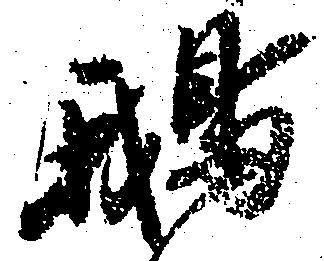
鵝